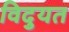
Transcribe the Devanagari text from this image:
विदुयत